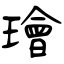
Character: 璯